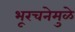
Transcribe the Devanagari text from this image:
भूरचनेमुळे